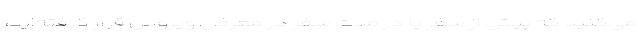
می‌کنید که پیش از سفر یا در مدت سفر در معرض ویروس قرار گرفته‌اید،